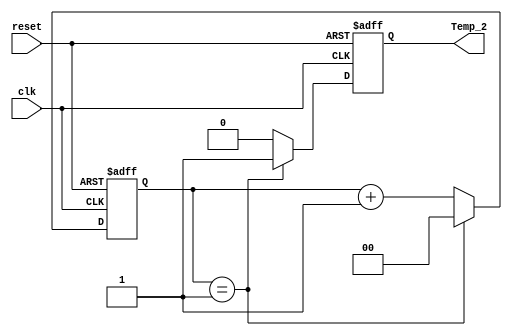
module temp_2_seg(clk, reset, Temp_2);

	input clk, reset; // Portas de entrada: clk (clock) e reset (sinal de reset)
	output reg Temp_2; // Porta de sada: Temp_2 (sinal de sada)
	reg [1:0] cont; // Registrador de 2 bits para controlar o estado do contador

	initial begin
		Temp_2 <= 1'b0; // Inicializa o sinal de sada Temp_2 com 0
	end
	
	always @(posedge reset, posedge clk) begin // Sempre que ocorrer uma borda de subida em reset ou clk
		if (reset) begin // Se o sinal de reset estiver ativo
			cont = 2'b0; // Reseta o contador para 0
			Temp_2 <= 1'b0; // Define o sinal de sada Temp_2 como 0
		end
		else begin // Caso contrrio
			if (cont == 2'b1) begin // Se o contador estiver no estado final (3)
				cont = 2'b0; // Reseta o contador para 0
				Temp_2 <= 1'b1; // Define o sinal de sada Temp_2 como 1
			end
			else begin // Caso contrrio
				cont = cont + 1'b1; // Incrementa o contador
				Temp_2 <= 1'b0; // Define o sinal de sada T2 como 0
			end
		end
	end
endmodule